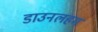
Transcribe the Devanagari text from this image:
डाउनलहम